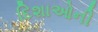
દિશાઓની